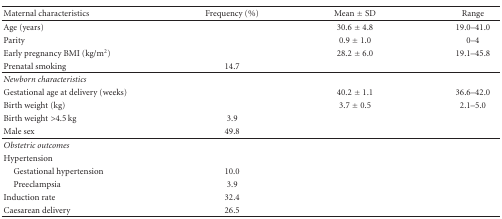
<table><thead><tr><td><b>Maternal characteristics</b></td><td><b>Frequency (%)</b></td><td><b>Mean ± SD</b></td><td><b>Range</b></td></tr></thead><tbody><tr><td>Age (years)</td><td></td><td>30.6 ± 4.8</td><td>19.0–41.0</td></tr><tr><td>Parity</td><td></td><td>0.9 ± 1.0</td><td>0–4</td></tr><tr><td>Early pregnancy BMI (kg/m<sup>2</sup>)</td><td></td><td>28.2 ± 6.0</td><td>19.1–45.8</td></tr><tr><td>Prenatal smoking</td><td>14.7</td><td></td><td></td></tr><tr><td><i>Newborn characteristics</i></td><td></td><td></td><td></td></tr><tr><td>Gestational age at delivery (weeks)</td><td></td><td>40.2 ± 1.1</td><td>36.6–42.0</td></tr><tr><td>Birth weight (kg)</td><td></td><td>3.7 ± 0.5</td><td>2.1–5.0</td></tr><tr><td>Birth weight &gt;4.5 kg</td><td>3.9</td><td></td><td></td></tr><tr><td>Male sex</td><td>49.8</td><td></td><td></td></tr><tr><td><i>Obstetric outcomes </i></td><td></td><td></td><td></td></tr><tr><td>Hypertension</td><td></td><td></td><td></td></tr><tr><td>Gestational hypertension</td><td>10.0</td><td></td><td></td></tr><tr><td>Preeclampsia</td><td>3.9</td><td></td><td></td></tr><tr><td>Induction rate</td><td>32.4</td><td></td><td></td></tr><tr><td>Caesarean delivery</td><td>26.5</td><td></td><td></td></tr></tbody></table>